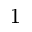
^ 1